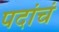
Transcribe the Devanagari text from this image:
पदांचं